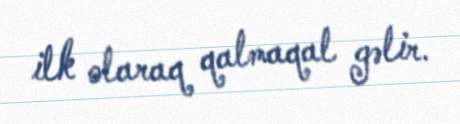
ilk olaraq qalmaqal gəlir.